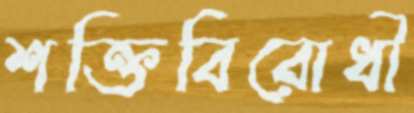
শক্তিবিরোধী